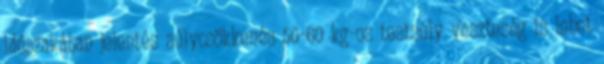
időszakában jelentés súlycsökkenés 50-60 kg-os testsúly veszteség is lehet